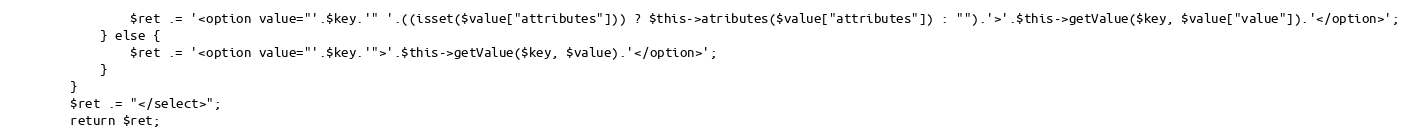
Language: PHP
                $ret .= '<option value="'.$key.'" '.((isset($value["attributes"])) ? $this->atributes($value["attributes"]) : "").'>'.$this->getValue($key, $value["value"]).'</option>';
            } else {
                $ret .= '<option value="'.$key.'">'.$this->getValue($key, $value).'</option>';
            }
        }
        $ret .= "</select>";
        return $ret;